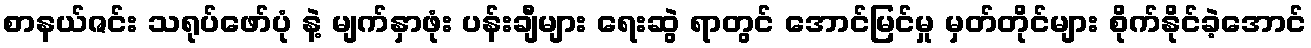
စာနယ်ဇင်း သရုပ်ဖော်ပုံ နဲ့ မျက်နှာဖုံး ပန်းချီများ ရေးဆွဲ ရာတွင် အောင်မြင်မှု မှတ်တိုင်များ စိုက်နိုင်ခဲ့အောင်